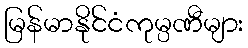
မြန်မာနိုင်ငံကုမ္ပဏီများ